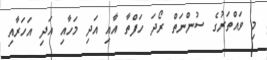
މި ވައްތަރުގެ ސުންނަތް ރޯދަ ހަފްތާ އާއި އަދި މަހާއި އަދި އަހަރާއި